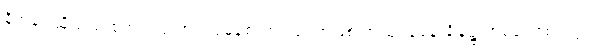
နိဟွန်း ဆိုသည့် စကားလုံးအား ပုံမှန်စကားလုံး အဖြစ် အသုံးပြုနေ ချိန်၌ တစ်ခါတစ်ရံတွင်